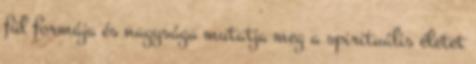
fül formája és nagysága mutatja meg a spirituális életet